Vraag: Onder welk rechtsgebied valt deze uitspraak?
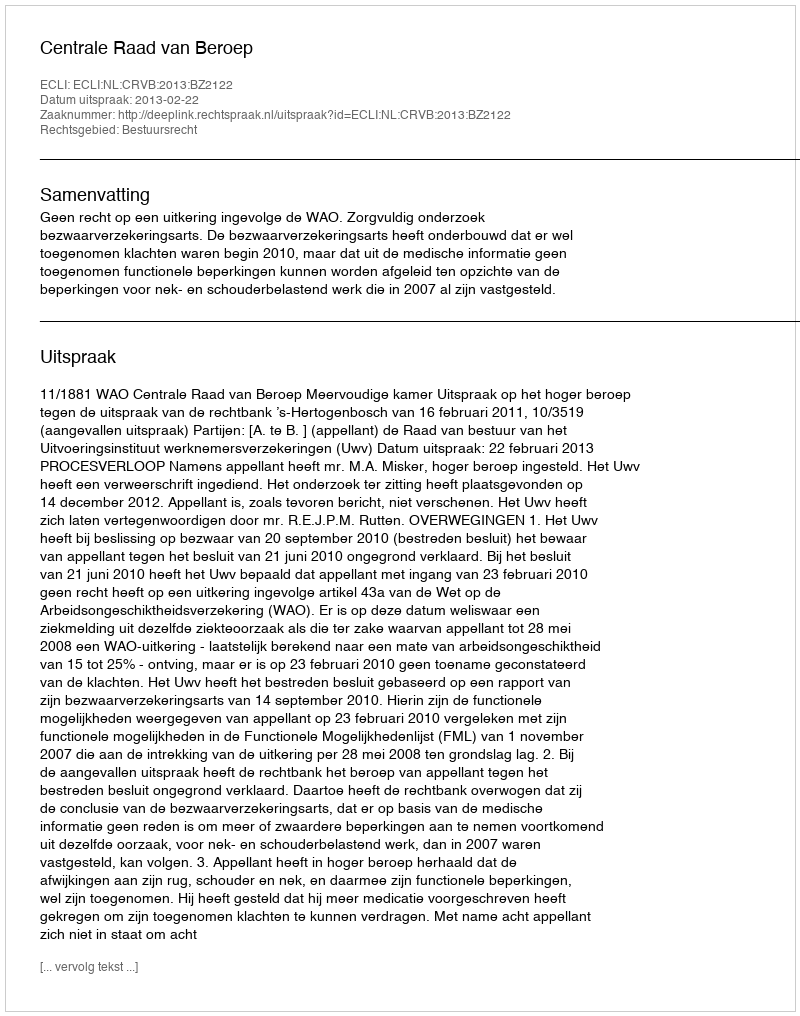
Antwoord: Bestuursrecht